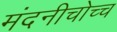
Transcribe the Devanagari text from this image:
मंदनीचोच्च